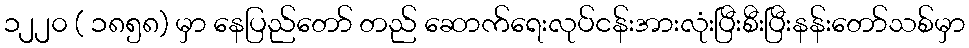
၁၂၂၀ ( ၁၈၅၈) မှာ နေပြည်တော် တည် ဆောက်ရေးလုပ်ငန်းအားလုံးပြီးစီးပြီးနန်းတော်သစ်မှာ